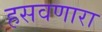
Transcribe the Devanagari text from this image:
हसवणारा